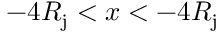
- 4 R _ { \mathrm { j } } < x < - 4 R _ { \mathrm { j } }